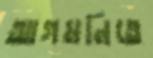
আগমনিতে